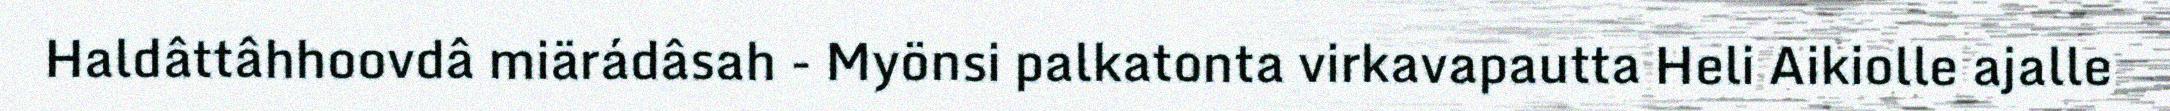
Haldâttâhhoovdâ miärádâsah - Myönsi palkatonta virkavapautta Heli Aikiolle ajalle